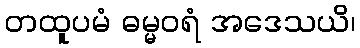
တထူပမံ ဓမ္မဝရံ အဒေသယိ၊